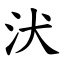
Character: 汱